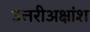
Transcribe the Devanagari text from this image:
उत्तरीअक्षांश